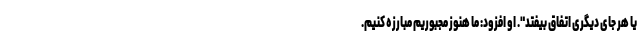
یا هر جای دیگری اتفاق بیفتد". او افزود: ما هنوز مجبوریم مبارزه کنیم.